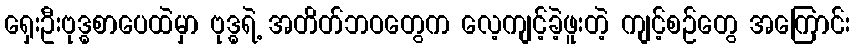
ရှေးဦးဗုဒ္ဓစာပေထဲမှာ ဗုဒ္ဓရဲ့ အတိတ်ဘဝတွေက လေ့ကျင့်ခဲ့ဖူးတဲ့ ကျင့်စဉ်တွေ အကြောင်း